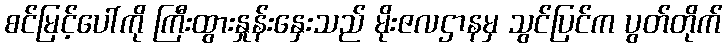
စင်မြင့်ပေါ်ကို ကြီးထွားနှုန်းနှေးသည် မိုးဇလဌာနမှ သွင်ပြင်က ပွတ်တိုက်